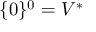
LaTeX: \{ 0 \} ^ { 0 } = V ^ { * }